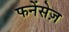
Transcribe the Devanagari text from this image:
फनेंसेज़